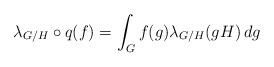
LaTeX: \begin{align*} \lambda_{G/H} \circ q (f) = \int_G f(g) \lambda_{G/H}(gH) \, dg \end{align*}